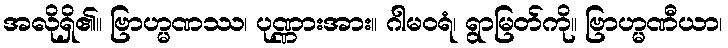
အလိုရှိ၏။ ဗြာဟ္မဏဿ၊ ပုဏ္ဏားအား။ ဂါမဝရံ၊ ရွာမြတ်ကို။ ဗြာဟ္မဏီယာ၊